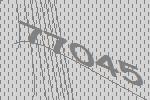
77045